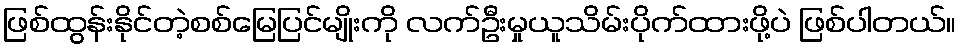
ဖြစ်ထွန်းနိုင်တဲ့စစ်မြေပြင်မျိုးကို လက်ဦးမှုယူသိမ်းပိုက်ထားဖို့ပဲ ဖြစ်ပါတယ်။